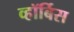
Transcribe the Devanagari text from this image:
व्हॉर्बिस